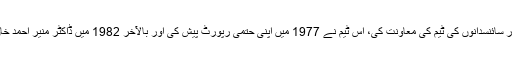
1974 میں وطن واپسی کے بعد انھوں نے دوبارہ پاکستان اٹامک انرجی کمیشن میں شمولیت اختیار کی اور سائنسدانوں کی ٹیم کی معاونت کی، اس ٹیم نے 1977 میں اپنی حتمی رپورٹ پیش کی اور بالآخر 1982 میں ڈاکٹر منیر احمد خان کی سرکردگی میں پی اے ای سی نے پہلی ڈیوائس تیار کی، جس کا کولڈ ٹیسٹ مئی 1983 میں کیا گیا۔